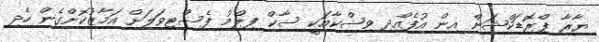
ޔާރާ ޕްރޮޑަކްޝަން އިން އުފެއްދި ވިޝްކާއަކީ ސާކް ފިލްމު ފެސްޓިވަލަށް އަމާޒުކޮށްގެން ހެދި